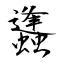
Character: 蠭